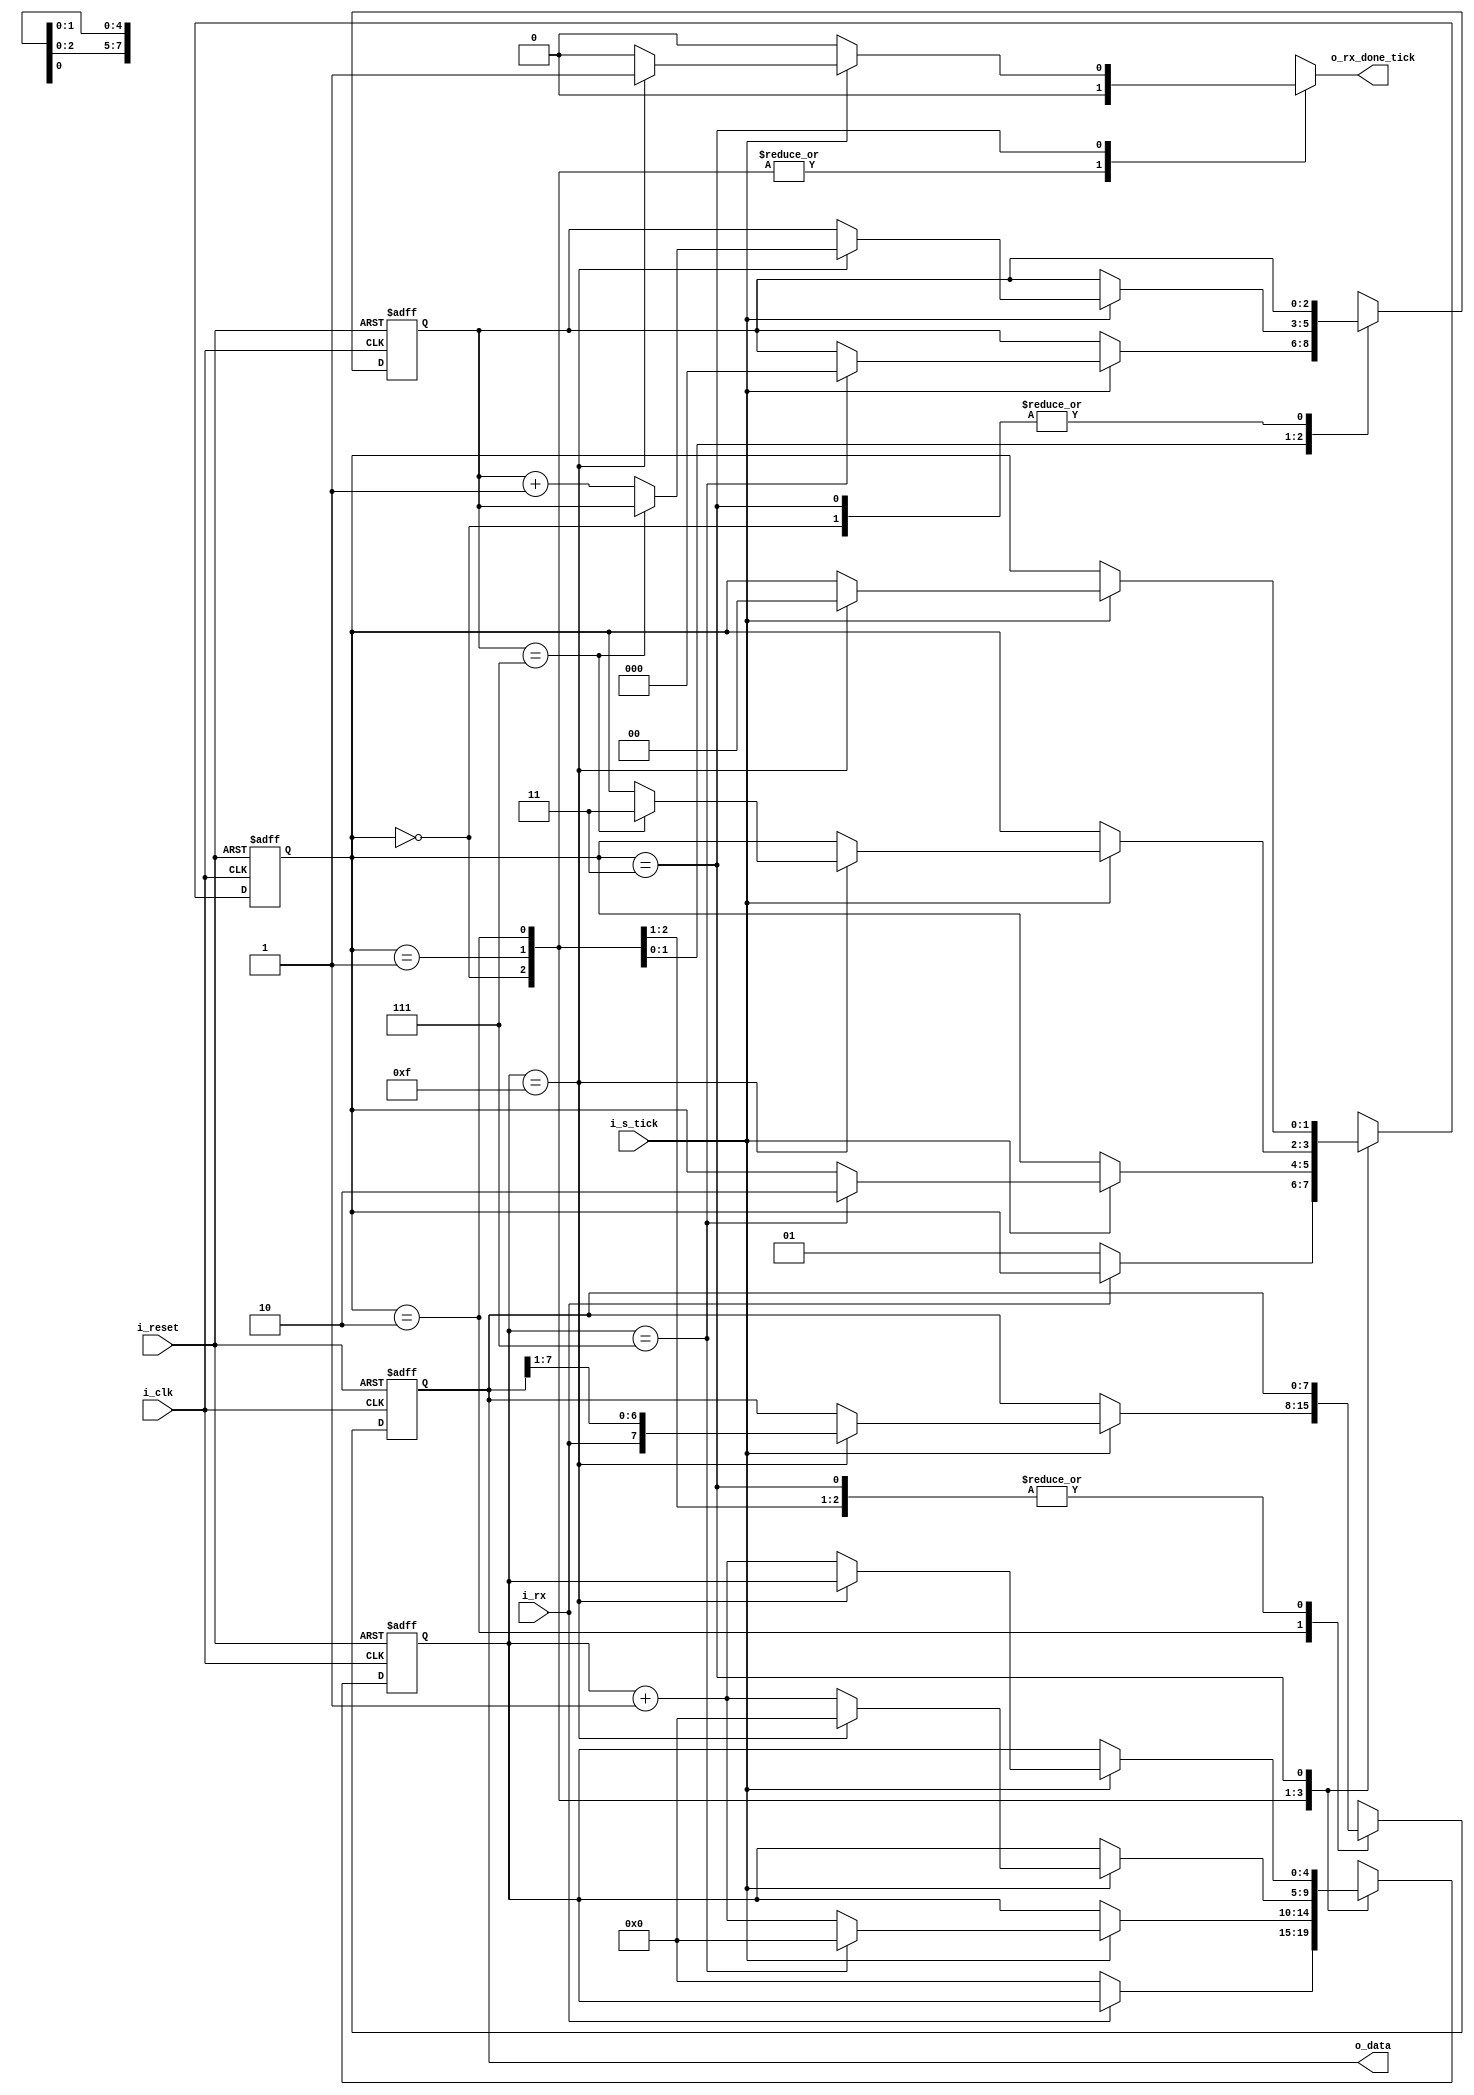
module uart_rx(
    input i_clk, i_reset, 
    input i_rx,                 //receive bit
    input i_s_tick,             //enable start tick from baud rate generator. samples 16 times per bit
    output reg o_rx_done_tick,  //tick when whole word received
    output [DBIT-1:0] o_data    //output received word
    );
    
    parameter DBIT = 8, //data bits in message
              SB_TICK = 16; //ticks to sample stop bit
    
    localparam [1:0] idle = 2'b00, 
                     start = 2'b01, 
                     data = 2'b10, 
                     stop = 2'b11;
                     
    reg [1:0]      s_state_reg, s_state_next;  //state register
    reg [4:0]      s_s_reg,     s_s_next;      //reg for 16 tick samples per bit
    reg [2:0]      s_n_reg,     s_n_next;      //n keeps track of sampling data bit
    reg [DBIT-1:0] s_b_reg,     s_b_next;      //reg to store received data bits, max set by DBIT parameter
    
    always @(posedge i_clk, posedge i_reset)
        if(i_reset)
            begin
                s_state_reg <= idle;
                s_s_reg     <= 0;
                s_n_reg     <= 0;
                s_b_reg     <= 0;
            end
        else
            begin
                s_state_reg <= s_state_next;
                s_s_reg     <= s_s_next;
                s_n_reg     <= s_n_next;
                s_b_reg     <= s_b_next;
            end
    
    always @*
        begin
            //default assignments
            s_state_next = s_state_reg;
            s_s_next     = s_s_reg;
            s_n_next     = s_n_reg;
            s_b_next     = s_b_reg;
            
            o_rx_done_tick = 1'b0;
            
            case (s_state_reg)
                idle:
                    if(~i_rx) //wait for 0 start bit
                        begin
                            s_state_next = start;
                            s_s_next = 0;
                        end
                start:
                    if(i_s_tick) //samples 16 times per bit
                        if(s_s_reg == 7) //checks against middle sample (7/16) of start bit
                            begin
                                s_state_next = data;
                                s_s_next = 0;
                                s_n_next = 0;
                            end
                        else
                            s_s_next = s_s_reg + 1;
                data:
                    if(i_s_tick)
                        if (s_s_reg == 15) //samples after 15 more ticks since goes from middle of start bit to middle of data bit
                            begin
                                s_s_next = 0; //reset tick counter to 0
                                s_b_next = {i_rx, s_b_reg[DBIT-1:1]}; //shift received bits right since LSB received first
                                if (s_n_reg == DBIT - 1) //if read last data bit
                                    s_state_next = stop;
                                else
                                    s_n_next = s_n_reg + 1;
                            end
                        else
                            s_s_next = s_s_reg + 1;
                stop:
                    if(i_s_tick)
                        if(s_s_reg == (SB_TICK - 1)) //monitors stop bit after 16 ticks by default
                            begin
                                s_state_next = idle;
                                o_rx_done_tick = 1'b1;
                            end
                        else
                            s_s_next = s_s_reg + 1;
            endcase
        end
    
    //output data
    assign o_data = s_b_reg;
    
endmodule